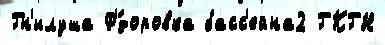
Гн'илуша Ф'́доровка басс'ейна2 ГКГН